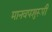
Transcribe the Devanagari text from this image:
मानवपशुरूपी